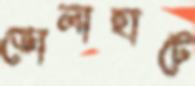
ভোলাহাটে